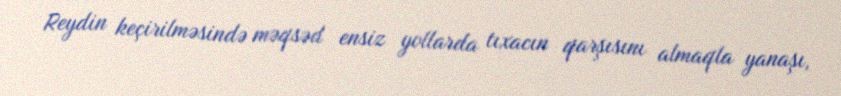
Reydin keçirilməsində məqsəd ensiz yollarda tıxacın qarşısını almaqla yanaşı,